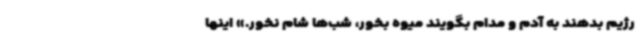
رژیم بدهند به آدم و مدام بگویند میوه بخور، شب‌ها شام نخور.» اینها